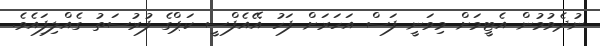
ނުދެވުމުން އެޓީމަށް މިވަނީ ފަސް އަހަރަށް ފަހު އޭއެފްސީ ކަޕްގެ ފުރުސަތު ގެއްލިފަިއެވެ.